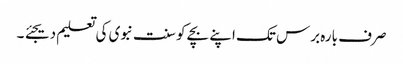
صرف بارہ برس تک اپنے بچے کو سنت نبوی کی تعلیم دیجئے ۔